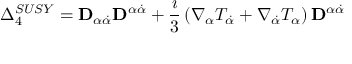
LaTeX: \Delta _ { 4 } ^ { S U S Y } = { \bf D } _ { \alpha \dot { \alpha } } { \bf D } ^ { \alpha \dot { \alpha } } + \frac { \imath } { 3 } \left( \nabla _ { \alpha } T _ { \dot { \alpha } } + \nabla _ { \dot { \alpha } } T _ { \alpha } \right) { \bf D } ^ { \alpha \dot { \alpha } }